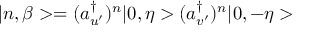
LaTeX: | n , \beta > = ( a _ { u ^ { \prime } } ^ { \dagger } ) ^ { n } | 0 , \eta > ( a _ { v ^ { \prime } } ^ { \dagger } ) ^ { n } | 0 , - \eta >